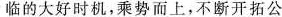
临的大好时机，乘势而上，不断开拓公